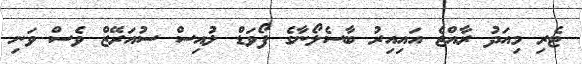
ޓެރި މިއަދު ރާއްޖެ އައިއިރު ބާސެލޯނާގެ ފޯވަޑް ލުއިސް ސުއަރޭޒް ވެސް ވަނި